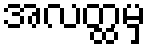
အလတ္ထမှ